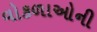
વોકળાઓની